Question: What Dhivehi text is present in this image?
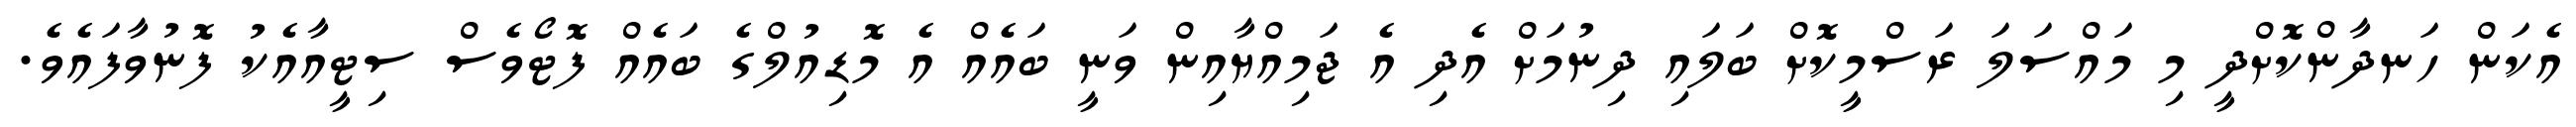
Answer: އެކަން ހަނދާންކޮށްދީ މި މައްސަލަ ރަސްމީކޮށް ބަލައި ދިނުމަށް އެދި އެ ޖަމިއްޔާއިން ވަނީ ބައެއް އެ މޮޑިއުލްގެ ބައެއް ފޮޓޯވެސް ސިޓީއާއެކު ފޮނުވާފައެވެ.